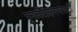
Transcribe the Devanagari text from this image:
पुनर्जीवीकरणासाठी